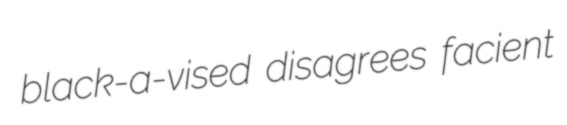
black-a-vised disagrees facient